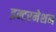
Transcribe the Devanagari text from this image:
इन्टरनेशन